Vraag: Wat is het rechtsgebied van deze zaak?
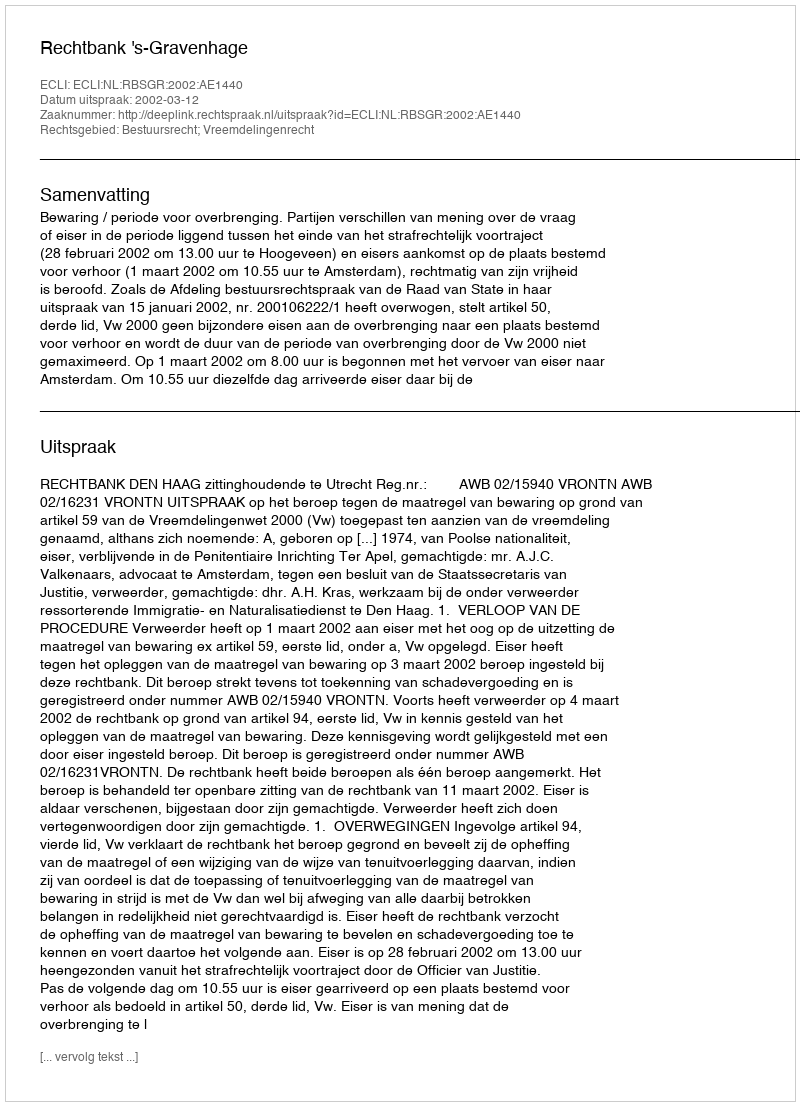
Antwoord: Bestuursrecht; Vreemdelingenrecht